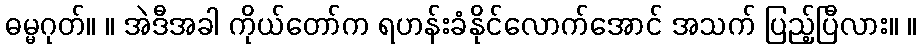
ဓမ္မဂုတ်။ ။ အဲဒီအခါ ကိုယ်တော်က ရဟန်းခံနိုင်လောက်အောင် အသက် ပြည့်ပြီလား။ ။